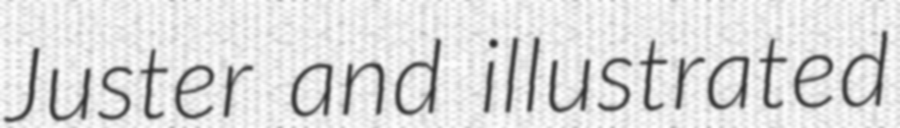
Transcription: Juster and illustrated